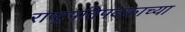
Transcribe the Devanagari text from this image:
राष्ट्रपतिपदकाच्या